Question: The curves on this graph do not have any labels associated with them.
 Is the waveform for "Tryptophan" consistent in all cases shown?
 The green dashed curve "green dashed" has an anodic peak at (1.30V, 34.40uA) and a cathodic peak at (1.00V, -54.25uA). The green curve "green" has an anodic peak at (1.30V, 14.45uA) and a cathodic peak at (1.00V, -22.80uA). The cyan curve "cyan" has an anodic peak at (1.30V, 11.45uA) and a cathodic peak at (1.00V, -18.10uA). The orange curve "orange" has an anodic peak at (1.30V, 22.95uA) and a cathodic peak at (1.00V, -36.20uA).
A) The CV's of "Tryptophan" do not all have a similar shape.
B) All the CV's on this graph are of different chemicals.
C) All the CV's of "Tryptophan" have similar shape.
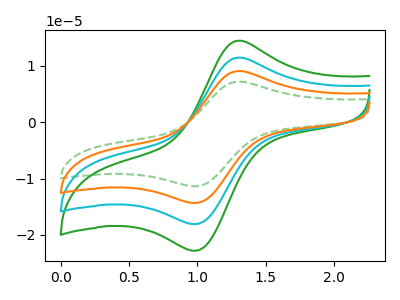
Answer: <think>All the peaks in "green dashed" have a peak in "green" at the same potential. Every peak in "green dashed" is higher than every peak in "green". All the peaks in "green dashed" have a peak in "cyan" at the same potential. Every peak in "green dashed" is higher than every peak in "cyan". All the peaks in "green dashed" have a peak in "orange" at the same potential. Every peak in "green dashed" is higher than every peak in "orange". All the peaks in "green" have a peak in "cyan" at the same potential. Every peak in "green" is higher than every peak in "cyan". All the peaks in "green" have a peak in "orange" at the same potential. Every peak in "green" is lower than every peak in "orange". All the peaks in "cyan" have a peak in "orange" at the same potential. Every peak in "cyan" is lower than every peak in "orange".
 </think>
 <answer>C) All the CV's of "Tryptophan" have similar shape.</answer>
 <eval>C</eval>